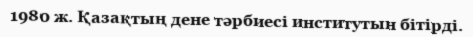
1980 ж. Қазақтың дене тәрбиесі институтын бітірді.